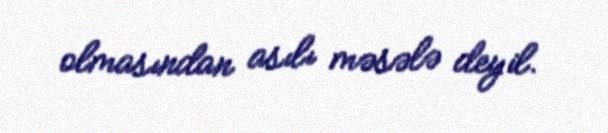
olmasından asılı məsələ deyil.